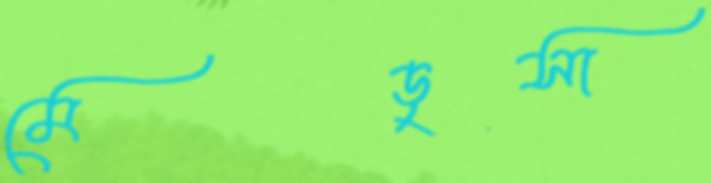
মেডুসা